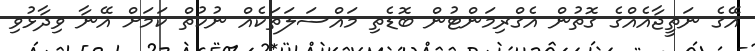
އޭގެ ނަތީޖާއެއްގެ ގޮތުން އެގްރިމަންޓުން ބޮޑެތި މައްސަލަތަކެއް ނުކުތް ކަމަށް އޭނާ ވިދާޅުވި